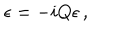
\epsilon = - i Q \epsilon \, ,